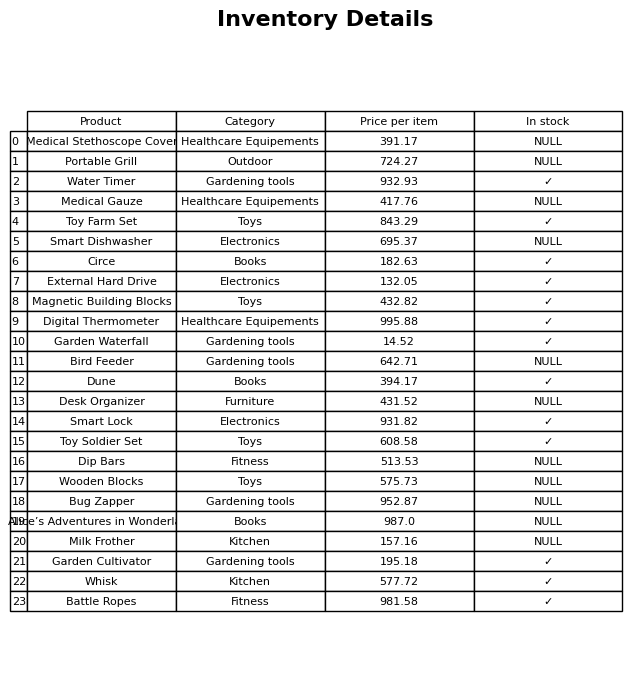
question: What is the price for Bird Feeder?
answer: The price of Bird Feeder is 642.71.